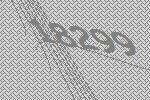
18299